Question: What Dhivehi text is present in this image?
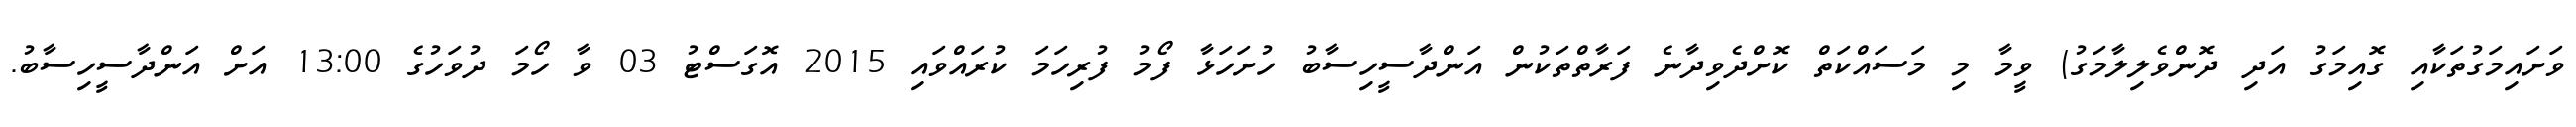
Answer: ވަށައިމަގުތަކާއި ގޮއިމަގު އަދި ދޮންވެލިލާމަގު) ވީމާ މި މަސައްކަތް ކޮށްދެވިދާނެ ފަރާތްތަކުން އަންދާސީހިސާބު ހުށަހަޅާ ފޯމު ފުރިހަމަ ކުރައްވައި 2015 އޮގަސްޓު 03 ވާ ހޯމަ ދުވަހުގެ 13:00 އަށް އަންދާސީހިސާބު.